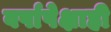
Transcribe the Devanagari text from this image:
वर्षापेक्षाही